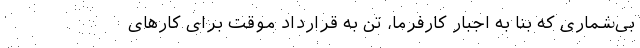
بی‌شماری که بنا به اجبار کارفرما، تن به قرارداد موقت برای کارهای